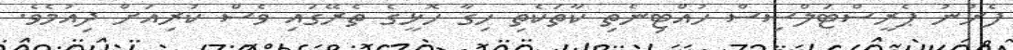
ފެށުނު ޕެރީސްޓަލްސިސް ހުއްޓިނެތި ކާތަކެތި ހިގާ ހޮޅީގެ ތެރޭގައި ވެސް ކުރިއަށް ދިއުމެވެ.